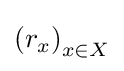
\left(r_{x}\right)_{x\in X}